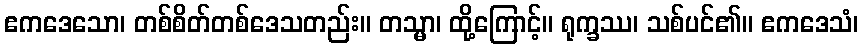
ဧကဒေသော၊ တစ်စိတ်တစ်ဒေသတည်း။ တသ္မာ၊ ထို့ကြောင့်။ ရုက္ခဿ၊ သစ်ပင်၏။ ဧကဒေသံ၊